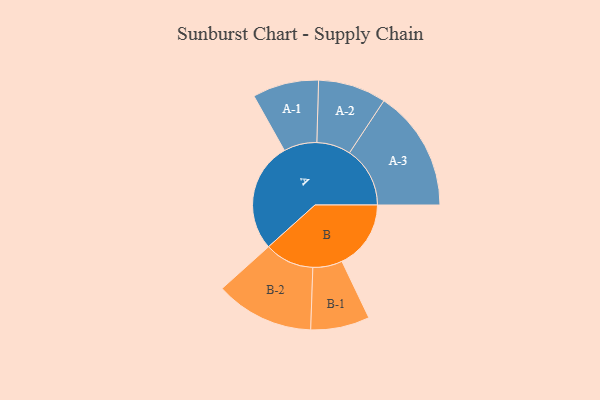
{"axis": {"x": "Segment", "y": "Value"}, "legend": ["", "A", "B"], "data": [{"x": "A", "y": 481, "type": ""}, {"x": "B", "y": 302, "type": ""}, {"x": "A-1", "y": 145, "type": "A"}, {"x": "A-2", "y": 149, "type": "A"}, {"x": "A-3", "y": 265, "type": "A"}, {"x": "B-1", "y": 129, "type": "B"}, {"x": "B-2", "y": 216, "type": "B"}]}